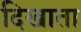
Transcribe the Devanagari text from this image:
दिखाता